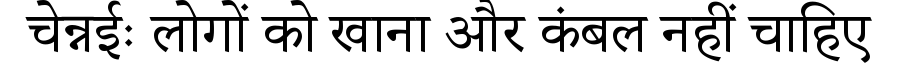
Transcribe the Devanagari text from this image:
चेन्नईः लोगों को खाना और कंबल नहीं चाहिए